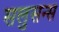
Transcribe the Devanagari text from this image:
सलुसन्स